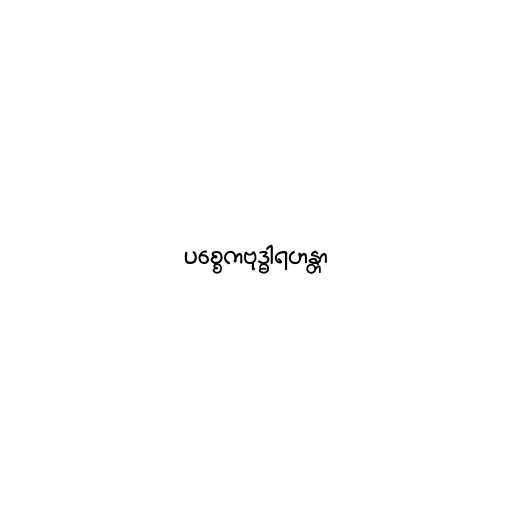
ပစ္စေကဗုဒ္ဓါရဟန္တာ